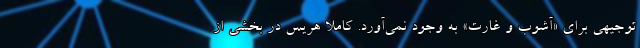
توجیهی برای «آشوب و غارت» به وجود نمی‌آورد. کاملا هریس در بخشی از